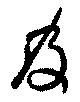
及